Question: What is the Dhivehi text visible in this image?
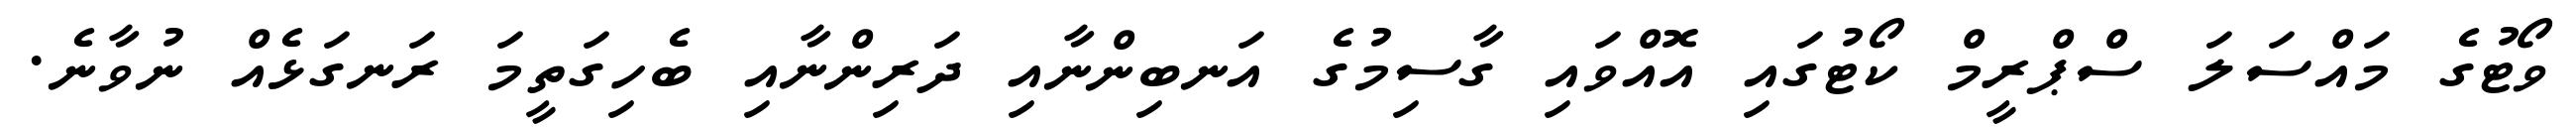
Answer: ވޯޓުގެ މައްސަލަ ސްޕްރީމް ކޯޓުގައި އޮއްވައި ގާސިމުގެ އަނބިންނާއި ދަރިންނާއި ބެހިގަތީމަ ރަނގަޅެއް ނުވާނެ.